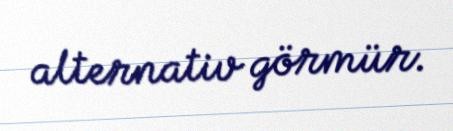
alternativ görmür.